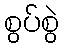
စွပ်စွဲ